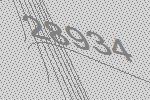
28934